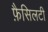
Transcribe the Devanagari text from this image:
फ़ैसिलटी